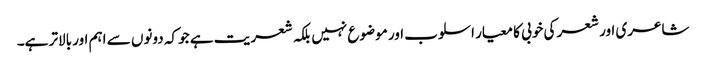
شاعری اور شعر کی خوبی کا معیار اسلوب اور موضوع نہیں بلکہ شعریت ہے جو کہ دونوں سے اہم اور بالاتر ہے۔